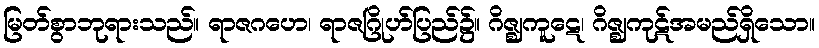
မြတ်စွာဘုရားသည်။ ရာဇဂဟေ၊ ရာဇဂြိုဟ်ပြည်၌။ ဂိဇ္ဈကူဋေ၊ ဂိဇ္ဈကုဋ်အမည်ရှိသော။